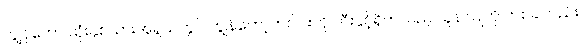
ကျွန်တော် သုံးနှစ်သားအရွယ်တွင် ကျွန်တော့်တင်ပါးကို ဘီးနှင့်ရိုက်သည့် သူနာပြုကို တစ်ခါတည်း